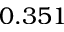
0 . 3 5 1